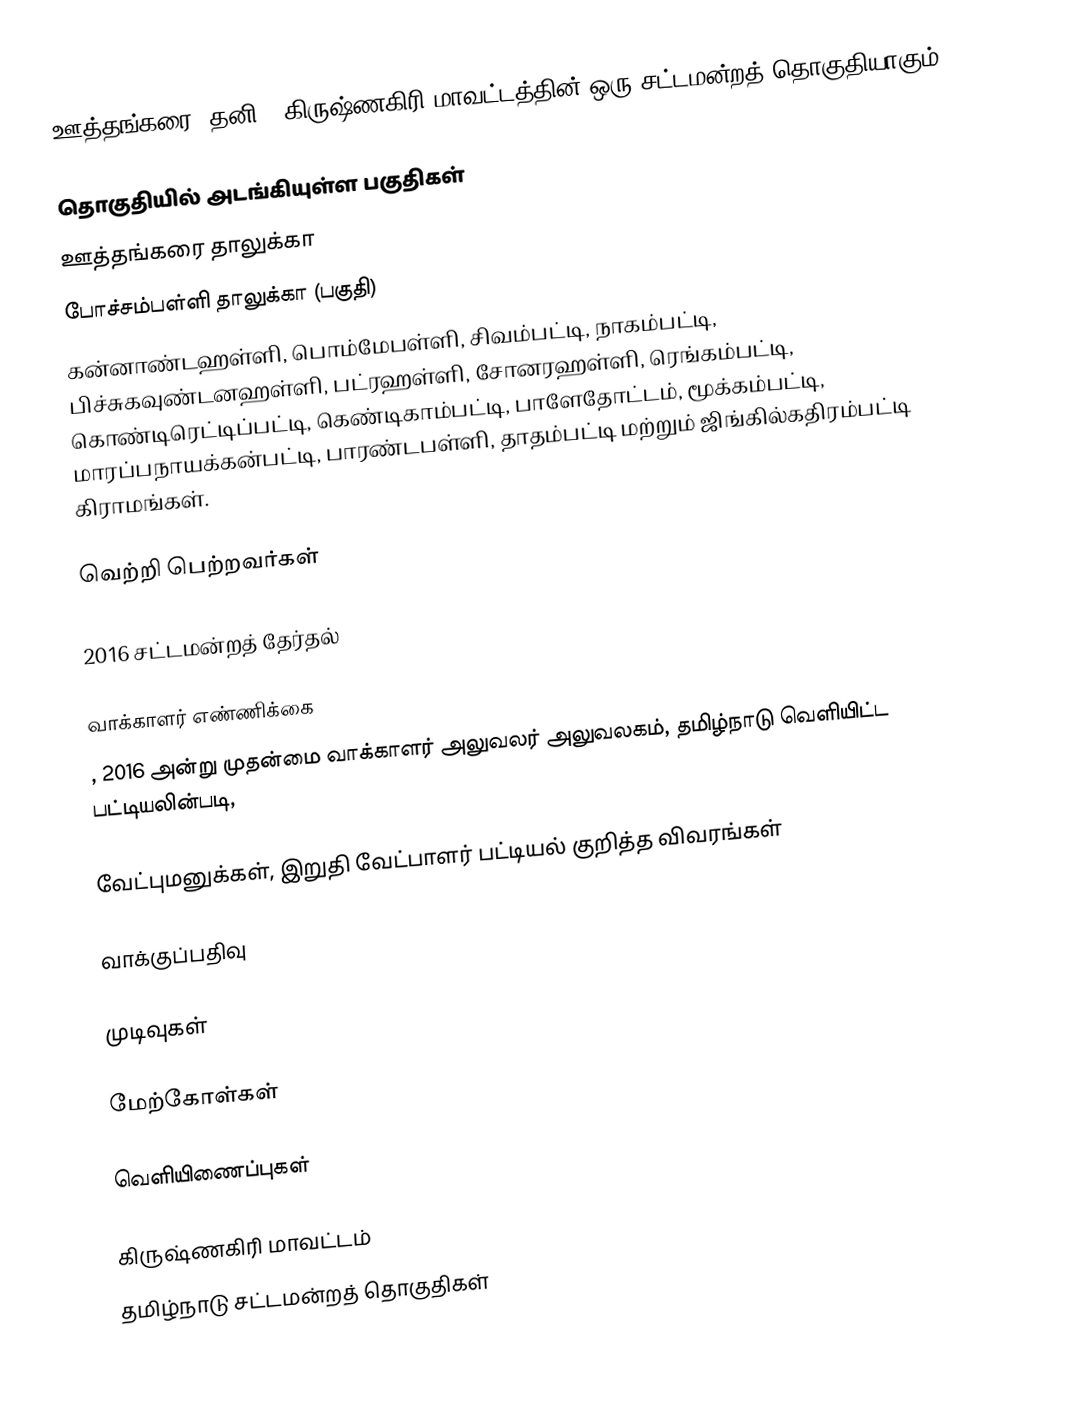
ஊத்தங்கரை (தனி), கிருஷ்ணகிரி மாவட்டத்தின் ஒரு சட்டமன்றத் தொகுதியாகும்.

தொகுதியில் அடங்கியுள்ள பகுதிகள்
ஊத்தங்கரை தாலுக்கா
போச்சம்பள்ளி தாலுக்கா (பகுதி)
கன்னாண்டஹள்ளி, பொம்மேபள்ளி, சிவம்பட்டி, நாகம்பட்டி, பிச்சுகவுண்டனஹள்ளி, பட்ரஹள்ளி, சோனரஹள்ளி, ரெங்கம்பட்டி, கொண்டிரெட்டிப்பட்டி, கெண்டிகாம்பட்டி, பாளேதோட்டம், மூக்கம்பட்டி, மாரப்பநாயக்கன்பட்டி, பாரண்டபள்ளி, தாதம்பட்டி மற்றும் ஜிங்கில்கதிரம்பட்டி கிராமங்கள்.

வெற்றி பெற்றவர்கள்

2016 சட்டமன்றத் தேர்தல்

வாக்காளர் எண்ணிக்கை
, 2016 அன்று முதன்மை வாக்காளர் அலுவலர் அலுவலகம், தமிழ்நாடு வெளியிட்ட பட்டியலின்படி,

வேட்புமனுக்கள், இறுதி வேட்பாளர் பட்டியல் குறித்த விவரங்கள்

வாக்குப்பதிவு

முடிவுகள்

மேற்கோள்கள்

வெளியிணைப்புகள்

கிருஷ்ணகிரி மாவட்டம்
தமிழ்நாடு சட்டமன்றத் தொகுதிகள்